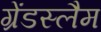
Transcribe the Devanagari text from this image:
ग्रेंडस्लैम